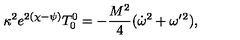
\kappa ^ { 2 } e ^ { 2 ( \chi - \psi ) } T _ { 0 } ^ { 0 } = - \frac { M ^ { 2 } } 4 ( \dot { \omega } ^ { 2 } + \omega ^ { \prime } { } ^ { 2 } ) ,